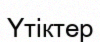
Үтіктер